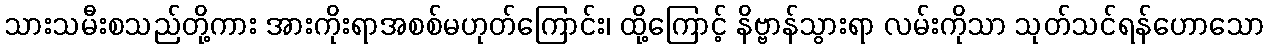
သားသမီးစသည်တို့ကား အားကိုးရာအစစ်မဟုတ်ကြောင်း၊ ထို့ကြောင့် နိဗ္ဗာန်သွားရာ လမ်းကိုသာ သုတ်သင်ရန်ဟောသော